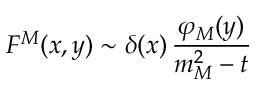
F ^ { M } ( x , y ) \sim \delta ( x ) \, \frac { \varphi _ { M } ( y ) } { m _ { M } ^ { 2 } - t }